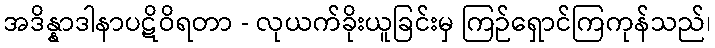
အဒိန္နာဒါနာပဋိဝိရတာ - လုယက်ခိုးယူခြင်းမှ ကြဉ်ရှောင်ကြကုန်သည်၊